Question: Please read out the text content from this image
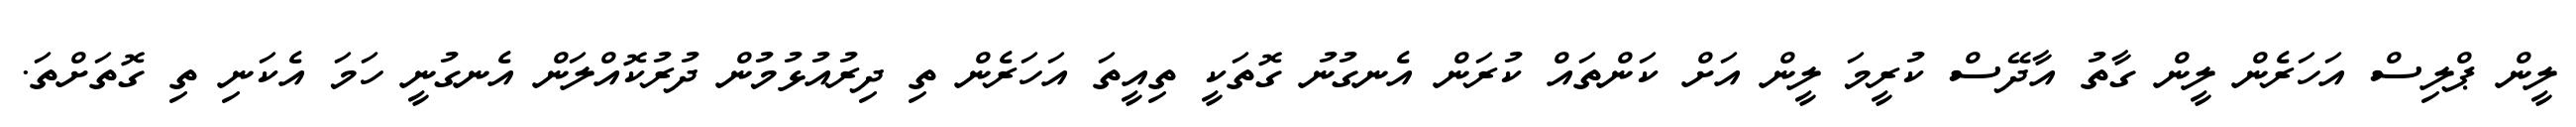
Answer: ލީން ޕްލިސް އަހަރެން ލީން ގާތު އާދޭސް ކުރީމަ ލީން އަށް ކަންތައް ކުރަން އެނގުނު ގޮތަކީ ތިއީތަ އަހަރެން ތި ދިރުއުޅުމުން ދުރުކޮއްލަން އެނގުނީ ހަމަ އެކަނި ތި ގޮތަށްތަ.